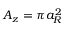
A _ { z } = \pi a _ { R } ^ { 2 }